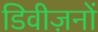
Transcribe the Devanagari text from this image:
डिवीज़नों